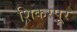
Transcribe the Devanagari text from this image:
शिकरपूर